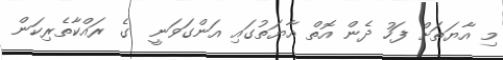
މި އާޔަތަށް ފަހު ދެން އޮތް އާޔަތުގައި އަންގަވަނީ  ގެ ރައްކާތެރިކަން